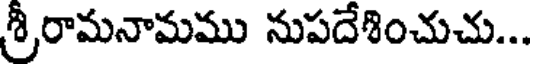
శ్రీరామనామము నుపదేశించుచు...